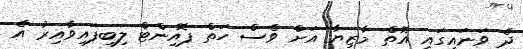
ދެ ވަނައިގައި އޮތް މާޒިޔާ އަށް ވެސް ހަތް ޕޮއިންޓް ލިބިފައިވާއިރު އެ